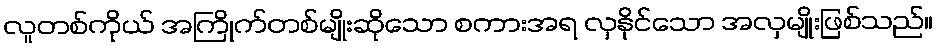
လူတစ်ကိုယ် အကြိုက်တစ်မျိုးဆိုသော စကားအရ လှနိုင်သော အလှမျိုးဖြစ်သည်။